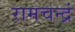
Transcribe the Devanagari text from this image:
रामचन्द्रं